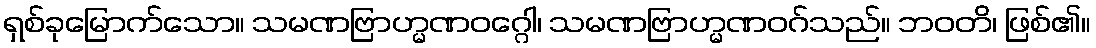
ရှစ်ခုမြောက်သော။ သမဏဗြာဟ္မဏဝဂ္ဂေါ၊ သမဏဗြာဟ္မဏဝဂ်သည်။ ဘဝတိ၊ ဖြစ်၏။